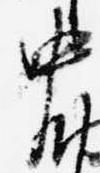
中